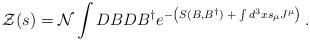
LaTeX: \begin{align*}{\cal Z}(s)={\cal N}\int DBDB^{\dagger }e^{-\left( S(B,B^{\dagger})\;+\;\int d^3xs_\mu J^\mu \right) \;}. \end{align*}